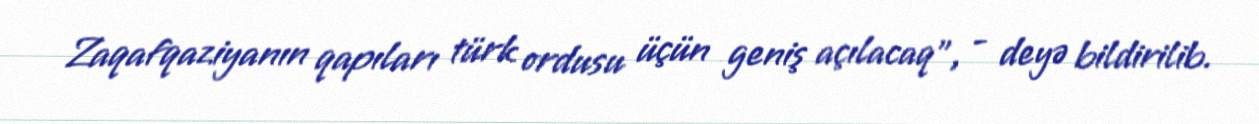
Zaqafqaziyanın qapıları türk ordusu üçün geniş açılacaq”, - deyə bildirilib.